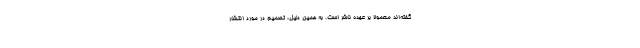
گفته‌اند معمولاً بر عهده ناشر است. به همین دلیل، تصمیم در مورد انتشار